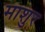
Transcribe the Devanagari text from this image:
माशुर